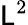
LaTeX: {\mathsf{L}}^{2}